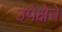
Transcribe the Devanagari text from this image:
उपेक्षेने